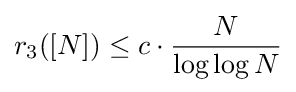
r_{3}([N])\leq c\cdot {\frac {N}{\log \log N}}